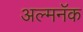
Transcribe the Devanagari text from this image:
अल्मनॅक